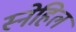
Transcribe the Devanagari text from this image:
स्नेहिल